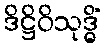
ဒိဋ္ဌိဝိသုဒ္ဓိံ